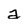
Character: a